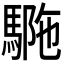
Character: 𩣾